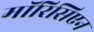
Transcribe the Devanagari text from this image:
मॉरिसिएन